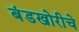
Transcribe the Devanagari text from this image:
बंडखोरीचे